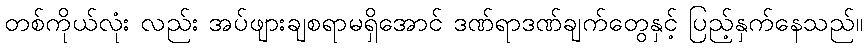
တစ်ကိုယ်လုံး လည်း အပ်ဖျားချစရာမရှိအောင် ဒဏ်ရာဒဏ်ချက်တွေနှင့် ပြည့်နှက်နေသည်။